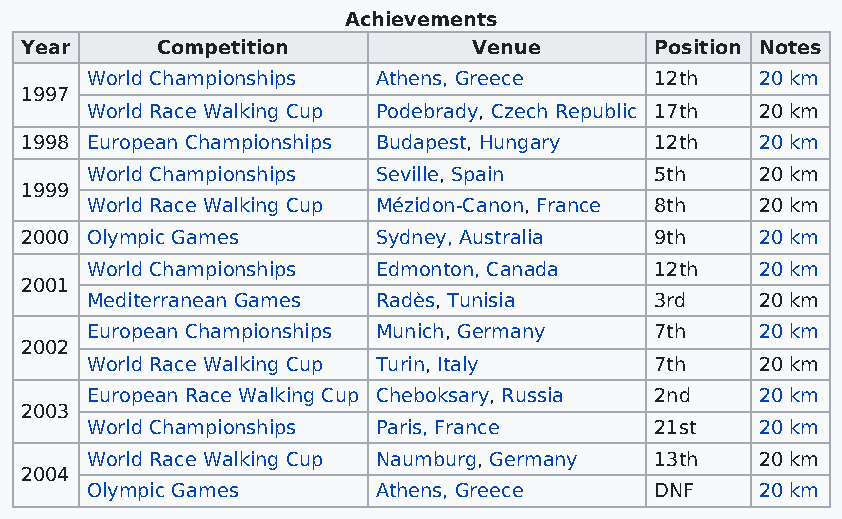
Achievements
 Year     Competition          Venue       Position Notes
 World Championships Athens, Greece   12th   20 km
 1997
 World Race Walking Cup Podebrady, Czech Republic 17th 20 km
 1998 European Championships Budapest, Hungary 12th 20 km
 World Championships Seville, Spain   5th    20 km
 1999
 World Race Walking Cup Mézidon-Canon, France 8th 20 km
 2000 Olympic Games      Sydney, Australia 9th    20 km
 World Championships Edmonton, Canada 12th   20 km
 2001
 Mediterranean Games Radès, Tunisia   3rd    20 km
 European Championships Munich, Germany 7th  20 km
 2002
 World Race Walking Cup Turin, Italy  7th    20 km
 European Race Walking Cup Cheboksary, Russia 2nd 20 km
 2003
 World Championships Paris, France    21st   20 km
 World Race Walking Cup Naumburg, Germany 13th 20 km
 2004
 Olympic Games      Athens, Greece    DNF    20 km